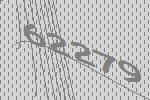
62279